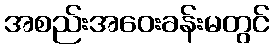
အစည်းအဝေးခန်းမတွင်